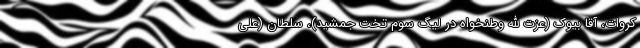
کروات، آقا بیوک (عزت الله وطنخواه در لیگ سوم تخت جمشید)، سلطان (علی